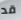
قد